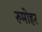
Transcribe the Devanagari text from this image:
रुमोहर